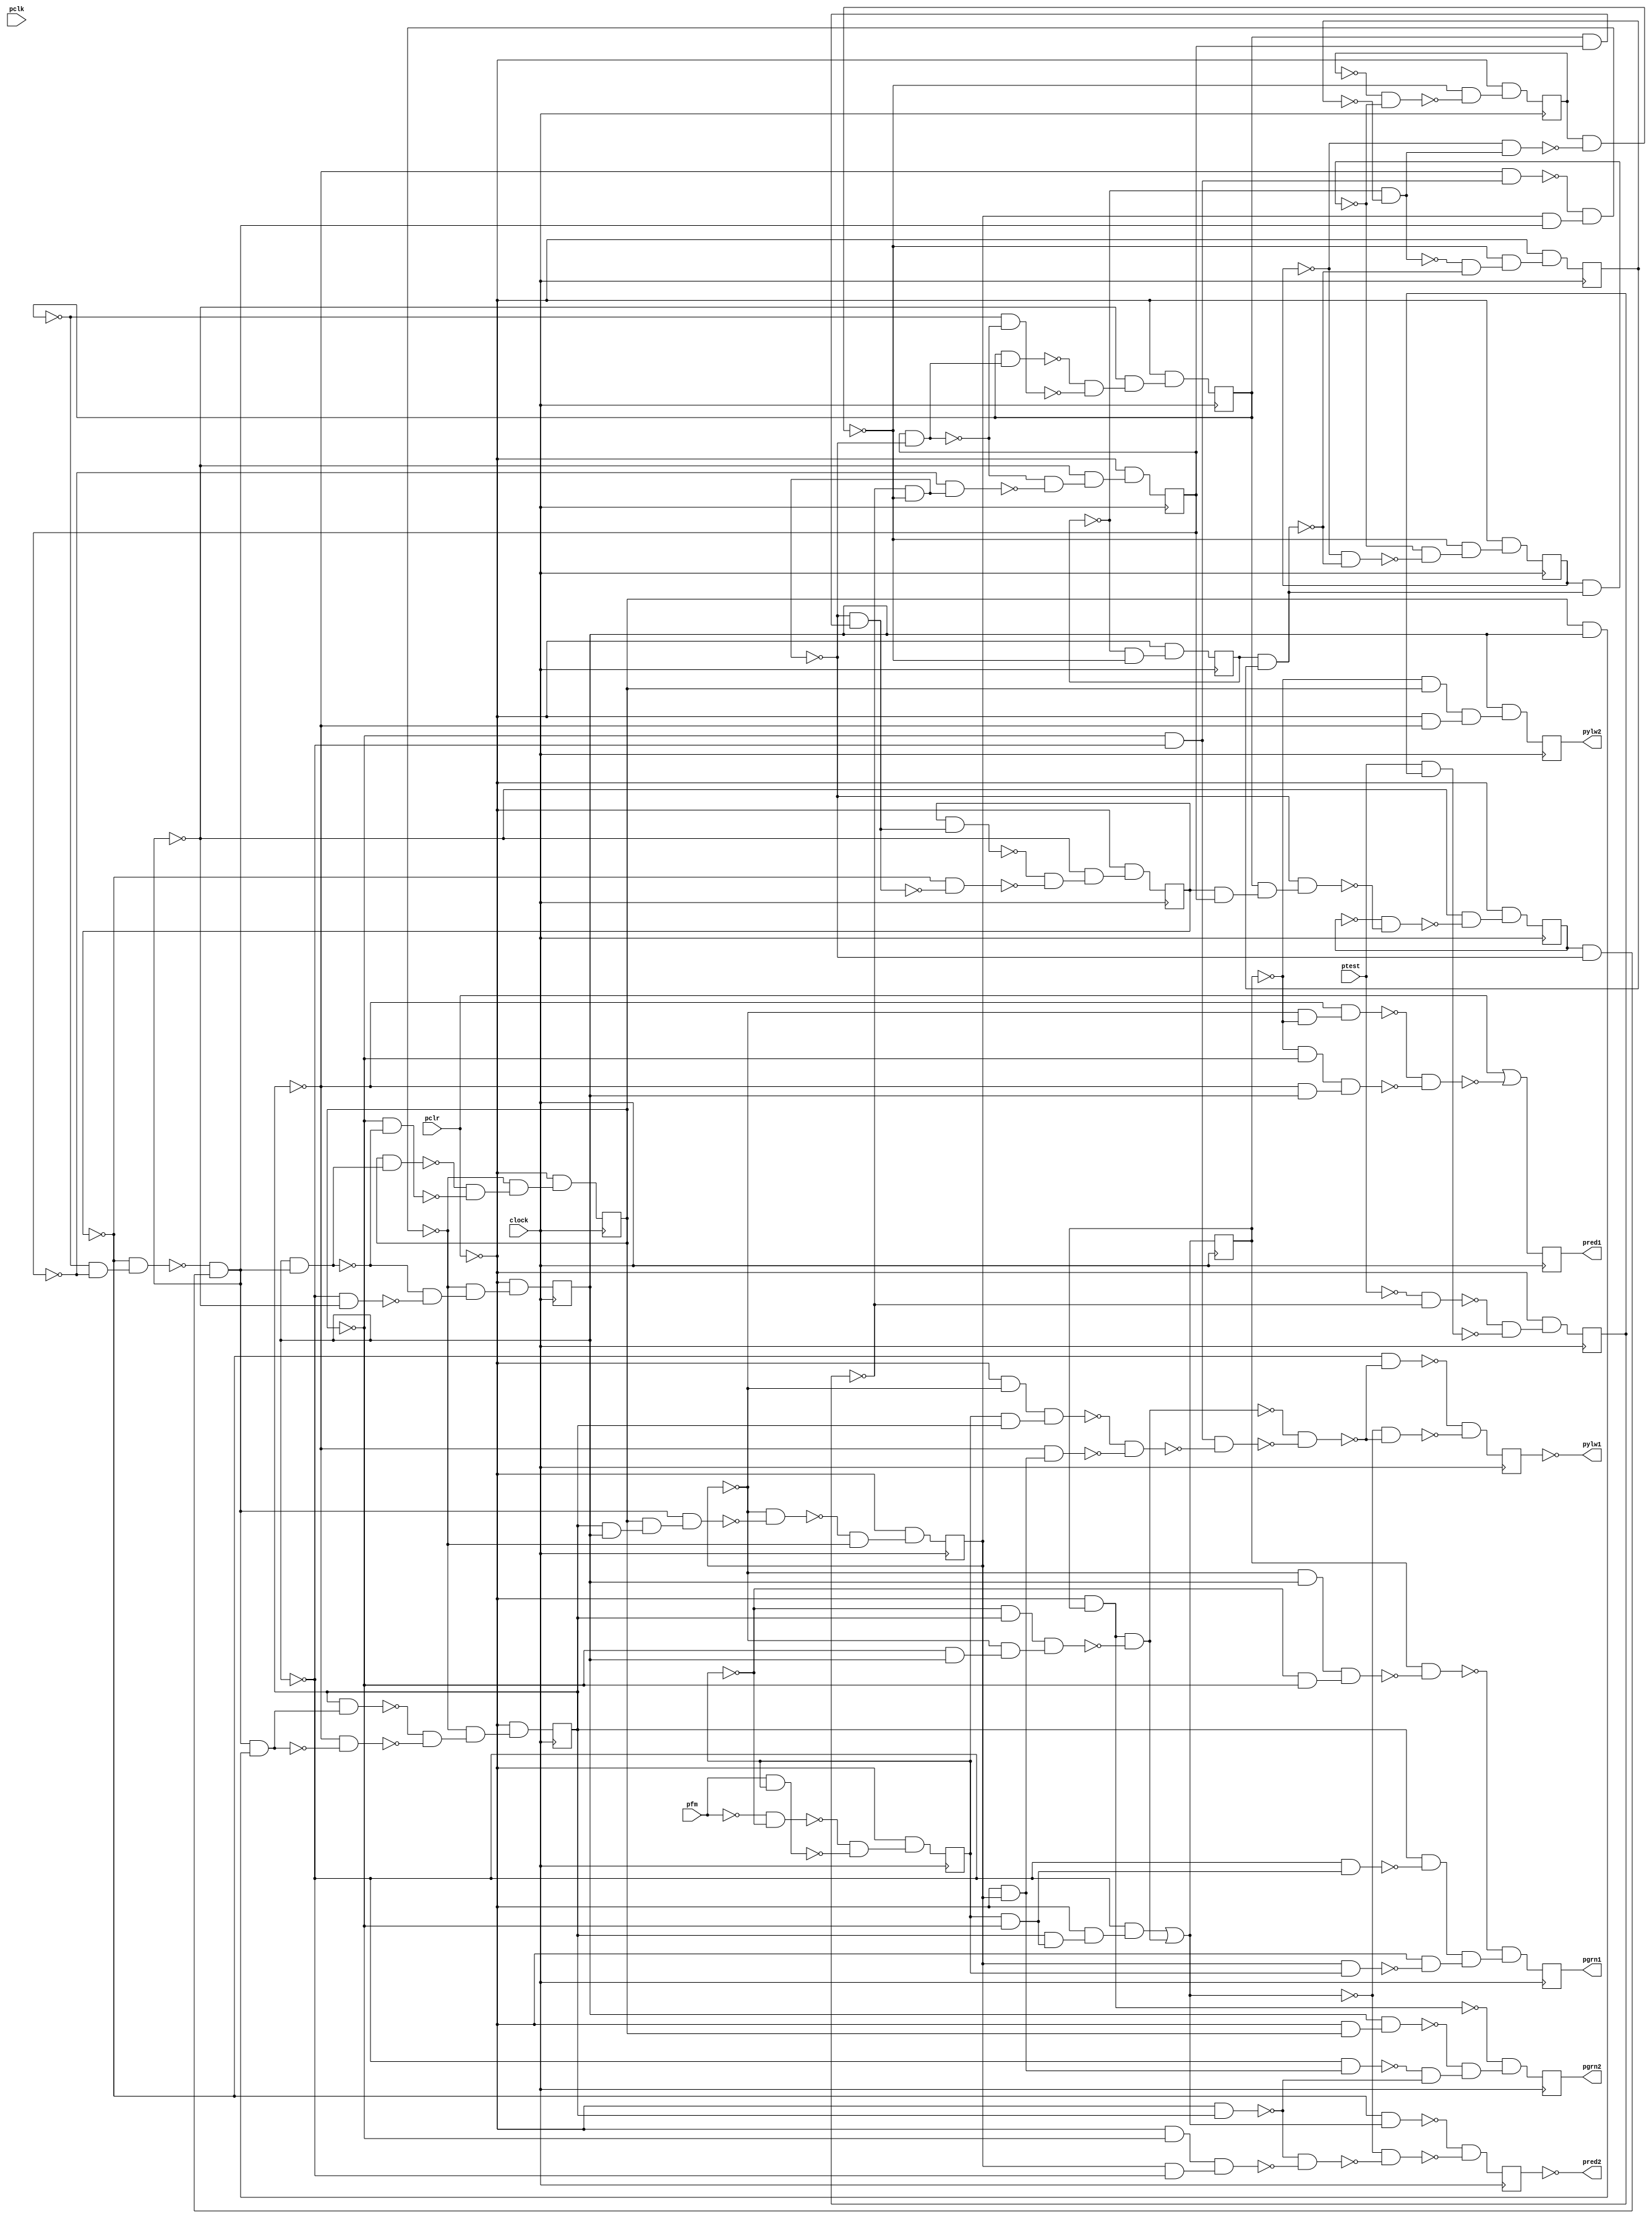
module top ( clock, 
    pclr, pclk, ptest, pfm,
    pgrn1, pred1, pred2, pgrn2, pylw1, pylw2  );
  input  clock;
  input  pclr, pclk, ptest, pfm;
  output pgrn1, pred1, pred2, pgrn2, pylw1, pylw2;
  reg nc3_q3, nolatch_r1l, nolatch_g2l, nolatch_g1l, nolatch_fel, nfml,
    nolatch_y2l, nolatchvuc_6, nolatchvuc_5, ntestl, nc3_q2, nc3_q1,
    nuc_11, nc3_q0, nuc_16, nuc_17, nuc_18, nuc_19, nuc_8, nuc_9, nuc_10;
  wire new_n74_, new_n75_, new_n76_, new_n77_1_, new_n78_, new_n79_,
    new_n80_, new_n81_, new_n82_1_, new_n83_, new_n84_, new_n85_, new_n86_,
    new_n87_1_, new_n88_, new_n89_, new_n90_, new_n92_1_, new_n93_,
    new_n94_, new_n95_, new_n96_, new_n97_1_, new_n99_, new_n100_,
    new_n101_, new_n102_1_, new_n103_, new_n104_, new_n105_, new_n106_,
    new_n108_, new_n109_, new_n110_, new_n111_, new_n112_1_, new_n113_,
    new_n114_, new_n115_, new_n116_, new_n117_1_, new_n119_, new_n120_,
    new_n121_, new_n122_1_, new_n123_, new_n124_, new_n125_, new_n126_,
    new_n128_, new_n129_, new_n130_, new_n132_, new_n133_, new_n134_,
    new_n136_, new_n137_, new_n138_, new_n139_, new_n140_, new_n141_,
    new_n142_, new_n143_, new_n144_, new_n146_, new_n147_, new_n148_,
    new_n149_, new_n150_, new_n151_, new_n153_, new_n154_, new_n155_,
    new_n157_, new_n158_, new_n159_, new_n160_, new_n161_, new_n162_,
    new_n164_, new_n165_, new_n166_, new_n167_, new_n168_, new_n170_,
    new_n172_, new_n173_, new_n174_, new_n176_, new_n177_, new_n178_,
    new_n179_, new_n180_, new_n182_, new_n183_, new_n184_, new_n185_,
    new_n186_, new_n187_, new_n189_, new_n190_, new_n191_, new_n192_,
    new_n193_, new_n195_, new_n196_, new_n197_, new_n199_, new_n200_,
    new_n201_, new_n202_, new_n204_, new_n205_, new_n206_, new_n208_,
    new_n209_, n22, n27, n32, n37, n42, n47, n52, n57, n62, n67, n72, n77,
    n82, n87, n92, n97, n102, n107, n112, n117, n122;
  assign new_n74_ = ~nuc_11 & ~nuc_10;
  assign new_n75_ = ~nuc_9 & new_n74_;
  assign new_n76_ = nuc_8 & ~new_n75_;
  assign new_n77_1_ = ~ntestl & ~new_n76_;
  assign new_n78_ = ~nuc_18 & ~nuc_19;
  assign new_n79_ = ~nuc_17 & new_n78_;
  assign new_n80_ = nuc_16 & ~new_n77_1_;
  assign new_n81_ = ~new_n79_ & new_n80_;
  assign new_n82_1_ = nc3_q2 & nc3_q0;
  assign new_n83_ = nc3_q1 & new_n82_1_;
  assign new_n84_ = new_n81_ & new_n83_;
  assign new_n85_ = ~nc3_q3 & ~new_n84_;
  assign new_n86_ = ~nc3_q1 & ~nc3_q0;
  assign new_n87_1_ = ~nc3_q2 & new_n86_;
  assign new_n88_ = nc3_q3 & new_n81_;
  assign new_n89_ = ~new_n87_1_ & new_n88_;
  assign new_n90_ = ~new_n85_ & ~new_n89_;
  assign n22 = ~pclr & new_n90_;
  assign new_n92_1_ = ~nc3_q3 & ~nolatch_fel;
  assign new_n93_ = ~nc3_q2 & new_n92_1_;
  assign new_n94_ = ~nolatch_fel & ~nc3_q1;
  assign new_n95_ = ~nc3_q2 & nc3_q0;
  assign new_n96_ = new_n94_ & new_n95_;
  assign new_n97_1_ = ~new_n93_ & ~new_n96_;
  assign n27 = pclr | ~new_n97_1_;
  assign new_n99_ = ~pclr & nc3_q3;
  assign new_n100_ = ~nc3_q0 & new_n99_;
  assign new_n101_ = ~pclr & nc3_q2;
  assign new_n102_1_ = ~pclr & nc3_q1;
  assign new_n103_ = nc3_q0 & new_n102_1_;
  assign new_n104_ = ~pclr & nolatch_fel;
  assign new_n105_ = ~new_n100_ & ~new_n101_;
  assign new_n106_ = ~new_n103_ & new_n105_;
  assign n32 = ~new_n104_ & new_n106_;
  assign new_n108_ = ~nc3_q3 & nc3_q0;
  assign new_n109_ = ~nfml & ~nc3_q1;
  assign new_n110_ = new_n108_ & new_n109_;
  assign new_n111_ = nolatch_fel & ~new_n110_;
  assign new_n112_1_ = nfml & ~nc3_q1;
  assign new_n113_ = ~nc3_q0 & new_n112_1_;
  assign new_n114_ = nc3_q3 & nfml;
  assign new_n115_ = nc3_q2 & ~new_n113_;
  assign new_n116_ = ~pclr & ~new_n114_;
  assign new_n117_1_ = new_n115_ & new_n116_;
  assign n37 = ~new_n111_ & new_n117_1_;
  assign new_n119_ = nc3_q2 & new_n112_1_;
  assign new_n120_ = ~pclr & new_n119_;
  assign new_n121_ = ~nc3_q0 & new_n120_;
  assign new_n122_1_ = ~nc3_q1 & nc3_q0;
  assign new_n123_ = ~nfml & nc3_q2;
  assign new_n124_ = ~nc3_q3 & new_n122_1_;
  assign new_n125_ = new_n123_ & new_n124_;
  assign new_n126_ = new_n104_ & ~new_n125_;
  assign n42 = new_n121_ | new_n126_;
  assign new_n128_ = ~pfm & ~nfml;
  assign new_n129_ = pfm & nfml;
  assign new_n130_ = ~new_n128_ & ~new_n129_;
  assign n47 = ~pclr & new_n130_;
  assign new_n132_ = ~nolatch_fel & nc3_q1;
  assign new_n133_ = ~pclr & ~nc3_q2;
  assign new_n134_ = new_n132_ & new_n133_;
  assign n52 = nc3_q0 & new_n134_;
  assign new_n136_ = ~pclr & ~nc3_q3;
  assign new_n137_ = nfml & nc3_q2;
  assign new_n138_ = new_n136_ & new_n137_;
  assign new_n139_ = ~nc3_q2 & new_n99_;
  assign new_n140_ = ~new_n138_ & ~new_n139_;
  assign new_n141_ = new_n86_ & ~new_n140_;
  assign new_n142_ = ~new_n126_ & ~new_n141_;
  assign new_n143_ = ~nuc_17 & ~new_n142_;
  assign new_n144_ = ~n42 & ~new_n142_;
  assign n57 = ~new_n143_ & ~new_n144_;
  assign new_n146_ = ~nuc_17 & n42;
  assign new_n147_ = ~pclr & ~nc3_q1;
  assign new_n148_ = nc3_q3 & ~nc3_q0;
  assign new_n149_ = new_n147_ & new_n148_;
  assign new_n150_ = ~new_n101_ & ~new_n149_;
  assign new_n151_ = ~n42 & ~new_n150_;
  assign n62 = ~new_n146_ & ~new_n151_;
  assign new_n153_ = ~ptest & ~ntestl;
  assign new_n154_ = ptest & ntestl;
  assign new_n155_ = ~new_n153_ & ~new_n154_;
  assign n67 = ~pclr & new_n155_;
  assign new_n157_ = nc3_q1 & nc3_q0;
  assign new_n158_ = new_n81_ & new_n157_;
  assign new_n159_ = nc3_q2 & new_n158_;
  assign new_n160_ = ~nc3_q2 & ~new_n158_;
  assign new_n161_ = ~new_n159_ & ~new_n160_;
  assign new_n162_ = ~new_n89_ & new_n161_;
  assign n72 = ~pclr & new_n162_;
  assign new_n164_ = nc3_q0 & new_n81_;
  assign new_n165_ = nc3_q1 & new_n164_;
  assign new_n166_ = ~nc3_q1 & ~new_n164_;
  assign new_n167_ = ~new_n165_ & ~new_n166_;
  assign new_n168_ = ~new_n89_ & new_n167_;
  assign n77 = ~pclr & new_n168_;
  assign new_n170_ = ~nuc_11 & ~new_n76_;
  assign n82 = ~pclr & new_n170_;
  assign new_n172_ = ~nc3_q0 & ~new_n81_;
  assign new_n173_ = ~new_n164_ & ~new_n172_;
  assign new_n174_ = ~new_n89_ & new_n173_;
  assign n87 = ~pclr & new_n174_;
  assign new_n176_ = nuc_17 & nuc_19;
  assign new_n177_ = nuc_18 & new_n176_;
  assign new_n178_ = ~new_n77_1_ & new_n177_;
  assign new_n179_ = ~nuc_16 & ~new_n178_;
  assign new_n180_ = ~new_n81_ & ~new_n179_;
  assign n92 = ~pclr & new_n180_;
  assign new_n182_ = nuc_18 & nuc_19;
  assign new_n183_ = ~new_n77_1_ & new_n182_;
  assign new_n184_ = nuc_17 & new_n183_;
  assign new_n185_ = ~nuc_17 & ~new_n183_;
  assign new_n186_ = ~new_n184_ & ~new_n185_;
  assign new_n187_ = ~new_n81_ & new_n186_;
  assign n97 = ~pclr & new_n187_;
  assign new_n189_ = nuc_19 & ~new_n77_1_;
  assign new_n190_ = nuc_18 & new_n189_;
  assign new_n191_ = ~nuc_18 & ~new_n189_;
  assign new_n192_ = ~new_n190_ & ~new_n191_;
  assign new_n193_ = ~new_n81_ & new_n192_;
  assign n102 = ~pclr & new_n193_;
  assign new_n195_ = ~nuc_19 & new_n77_1_;
  assign new_n196_ = ~new_n189_ & ~new_n195_;
  assign new_n197_ = ~new_n81_ & new_n196_;
  assign n107 = ~pclr & new_n197_;
  assign new_n199_ = nuc_11 & nuc_10;
  assign new_n200_ = nuc_9 & new_n199_;
  assign new_n201_ = ~nuc_8 & ~new_n200_;
  assign new_n202_ = ~new_n76_ & ~new_n201_;
  assign n112 = ~pclr & new_n202_;
  assign new_n204_ = ~nuc_9 & ~new_n199_;
  assign new_n205_ = ~new_n200_ & ~new_n204_;
  assign new_n206_ = ~new_n76_ & new_n205_;
  assign n117 = ~pclr & new_n206_;
  assign new_n208_ = ~new_n74_ & ~new_n199_;
  assign new_n209_ = ~new_n76_ & new_n208_;
  assign n122 = ~pclr & new_n209_;
  assign pred2 = ~nolatchvuc_5;
  assign pylw1 = ~nolatchvuc_6;
  assign pgrn1 = nolatch_g1l;
  assign pred1 = nolatch_r1l;
  assign pgrn2 = nolatch_g2l;
  assign pylw2 = nolatch_y2l;
  always @ (posedge clock) begin
    nc3_q3 <= n22;
    nolatch_r1l <= n27;
    nolatch_g2l <= n32;
    nolatch_g1l <= n37;
    nolatch_fel <= n42;
    nfml <= n47;
    nolatch_y2l <= n52;
    nolatchvuc_6 <= n57;
    nolatchvuc_5 <= n62;
    ntestl <= n67;
    nc3_q2 <= n72;
    nc3_q1 <= n77;
    nuc_11 <= n82;
    nc3_q0 <= n87;
    nuc_16 <= n92;
    nuc_17 <= n97;
    nuc_18 <= n102;
    nuc_19 <= n107;
    nuc_8 <= n112;
    nuc_9 <= n117;
    nuc_10 <= n122;
  end
endmodule